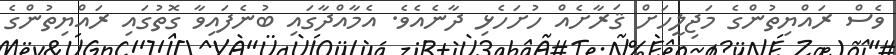
ވެސް ރައްޔިތުންގެ މަޖިލީހަށް ޤަރާށެއް ހުށަހެޅި ދާނެއެވެ. އެމާއްދާގައި ބުނެފައިވާ ގޮތުގައި ރައްޔިތުންގެ